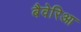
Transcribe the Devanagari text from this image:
बैवेरिआ